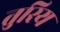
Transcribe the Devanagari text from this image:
तुरिय